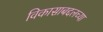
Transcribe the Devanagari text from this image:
विकासाबद्दलच्या